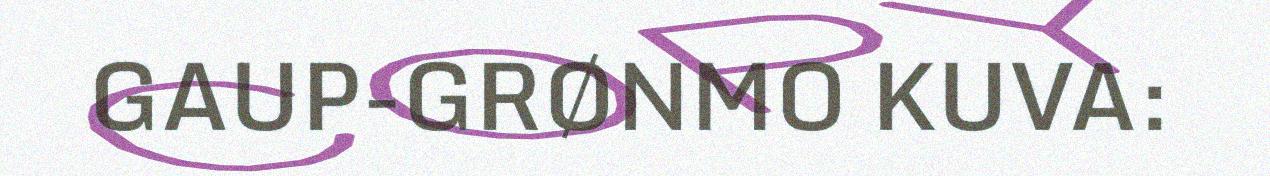
GAUP-GRØNMO KUVA: